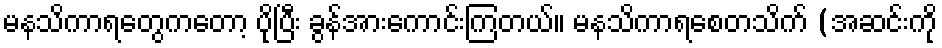
မနသိကာရတွေကတော့ ပိုပြီး ခွန်အားကောင်းကြတယ်။ မနသိကာရစေတသိက် (အဆင်းကို